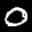
Label: 0